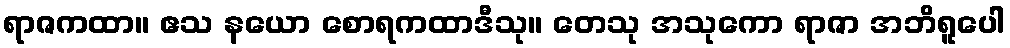
ရာဇကထာ။ ဧသ နယော စောရကထာဒီသု။ တေသု အသုကော ရာဇာ အဘိရူပေါ